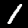
Digit: 1